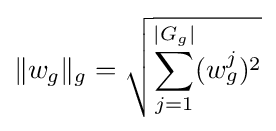
\|w_{g}\|_{g}={\sqrt {\sum _{j=1}^{|G_{g}|}(w_{g}^{j})^{2}}}